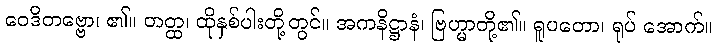
ဝေဒိတဗ္ဗော၊ ၏။ တတ္ထ၊ ထိုနှစ်ပါးတို့တွင်။ အကနိဋ္ဌာနံ၊ ဗြဟ္မာတို့၏။ ရူပတော၊ ရုပ် အောက်။